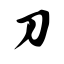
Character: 刀